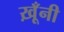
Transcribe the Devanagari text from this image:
ख़ूँनी